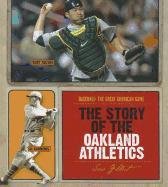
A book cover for The Story of the Oakland Athletics (Baseball: the Great American Game); Sara Gilbert; Teen & Young Adult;